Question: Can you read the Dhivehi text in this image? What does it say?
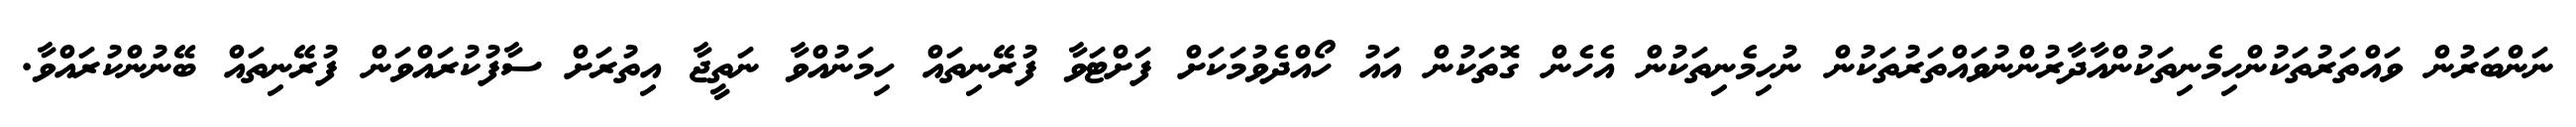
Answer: ނަންބަރުން ވައްތަރުތަކުންހިމެނިތަކުންއާދާރުންނުވައްތަރުތަކުން ނުހިމެނިތަކުން އެހެން ގޮތަކުން އައު ހޯއްދެވުމަކަށް ފަށްޓަވާ ފުރޭނިތައް ހިމަނުއްވާ ނަތީޖާ އިތުރަށް ސާފުކުރައްވަން ފުރޭނިތައް ބޭނުންކުރައްވާ.